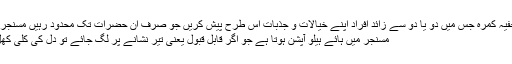
"ایک ایسا خفیہ کمرہ جس میں دو یا دو سے زائد افراد اپنے خیالات و جذبات اس طرح پیش کریں جو صرف ان حضرات تک محدود رہیں مسنجر کہلاتا ہے"
مسنجر میں ہائے ہیلو آپشن ہوتا ہے جو اگر قابل قبول یعنی تیر نشانے پر لگ جائے تو دل کی کلی کھل جاتی ہے۔